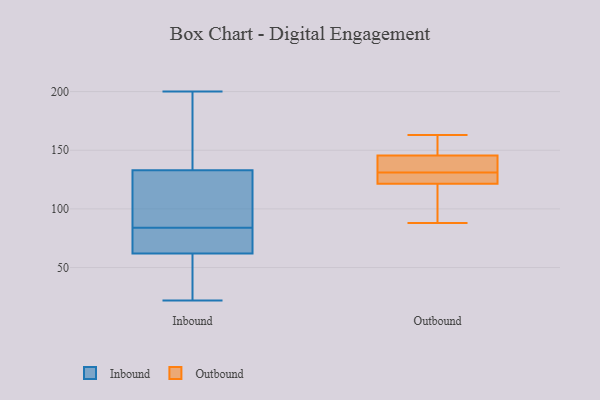
{"axis": {"x": "Waste Production (Tons)", "y": "Value"}, "legend": ["Inbound", "Outbound"], "data": [{"x": "", "y": 158, "type": "Inbound"}, {"x": "", "y": 79, "type": "Inbound"}, {"x": "", "y": 105, "type": "Inbound"}, {"x": "", "y": 62, "type": "Inbound"}, {"x": "", "y": 189, "type": "Inbound"}, {"x": "", "y": 111, "type": "Inbound"}, {"x": "", "y": 43, "type": "Inbound"}, {"x": "", "y": 22, "type": "Inbound"}, {"x": "", "y": 62, "type": "Inbound"}, {"x": "", "y": 83, "type": "Inbound"}, {"x": "", "y": 27, "type": "Inbound"}, {"x": "", "y": 53, "type": "Inbound"}, {"x": "", "y": 200, "type": "Inbound"}, {"x": "", "y": 161, "type": "Inbound"}, {"x": "", "y": 133, "type": "Inbound"}, {"x": "", "y": 96, "type": "Inbound"}, {"x": "", "y": 70, "type": "Inbound"}, {"x": "", "y": 85, "type": "Inbound"}, {"x": "", "y": 128, "type": "Outbound"}, {"x": "", "y": 146, "type": "Outbound"}, {"x": "", "y": 123, "type": "Outbound"}, {"x": "", "y": 130, "type": "Outbound"}, {"x": "", "y": 138, "type": "Outbound"}, {"x": "", "y": 132, "type": "Outbound"}, {"x": "", "y": 163, "type": "Outbound"}, {"x": "", "y": 88, "type": "Outbound"}, {"x": "", "y": 120, "type": "Outbound"}, {"x": "", "y": 145, "type": "Outbound"}, {"x": "", "y": 153, "type": "Outbound"}, {"x": "", "y": 116, "type": "Outbound"}]}